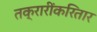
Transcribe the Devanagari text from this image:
तक्रारींकरितार